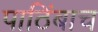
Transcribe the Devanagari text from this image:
पाठिंबाच